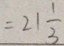
= 2 1 \frac { 1 } { 3 }